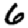
Digit: 6